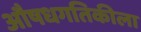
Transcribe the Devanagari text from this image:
औषधगतिकीला